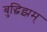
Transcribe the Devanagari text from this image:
बुद्धिझम्